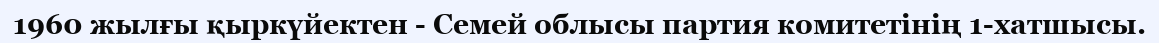
1960 жылғы қыркүйектен - Семей облысы партия комитетінің 1-хатшысы.